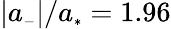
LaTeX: |a_{\scriptscriptstyle-}|/a_{\scriptscriptstyle*}=1.96